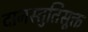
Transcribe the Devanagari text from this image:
दानस्तुतिसूक्त